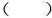
D.顾拜旦是瑞士教育家、社会活动家，现代奥林匹克运动创始人。